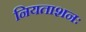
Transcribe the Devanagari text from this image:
नियताशनः